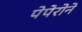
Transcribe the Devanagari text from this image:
पेपेरोने